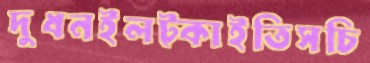
দুধনইলট্‌কাইতিসচি